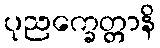
ပုညက္ခေတ္တာနိ